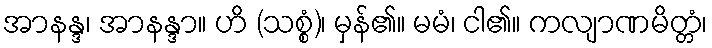
အာနန္ဒ၊ အာနန္ဒာ။ ဟိ (သစ္စံ)၊ မှန်၏။ မမံ၊ ငါ၏။ ကလျာဏမိတ္တံ၊